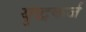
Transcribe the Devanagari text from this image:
युद्धकर्ज